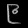
Digit: ၉